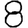
Digit: 8